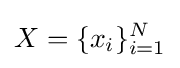
X=\{x_{i}\}_{i=1}^{N}